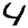
Digit: 4